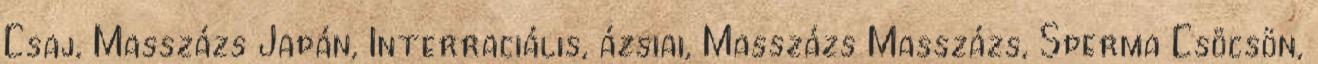
Csaj, Masszázs Japán, Interraciális, ázsiai, Masszázs Masszázs, Sperma Csöcsön,